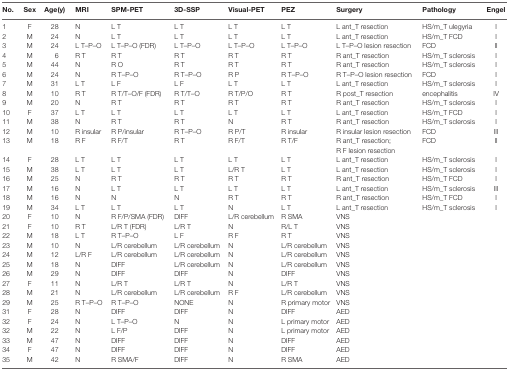
<table><thead><tr><td><b>No.</b></td><td><b>Sex</b></td><td><b>Age(y)</b></td><td><b>MRI</b></td><td><b>SPM-PET</b></td><td><b>3D-SSP</b></td><td><b>Visual-PET</b></td><td><b>PEZ</b></td><td><b>Surgery</b></td><td><b>Pathology</b></td><td><b>Engel</b></td></tr></thead><tbody><tr><td>1</td><td>F</td><td>28</td><td>N</td><td>L T</td><td>L T</td><td>L T</td><td>L T</td><td>L ant_T resection</td><td>HS/m_T ulegyria</td><td>I</td></tr><tr><td>2</td><td>M</td><td>24</td><td>N</td><td>L T</td><td>L T</td><td>L T</td><td>L T</td><td>L ant_T resection</td><td>HS/m_T FCD</td><td>I</td></tr><tr><td>3</td><td>M</td><td>24</td><td>L T–P–O</td><td>L T–P–O (FDR)</td><td>L T–P–O</td><td>L T–P–O</td><td>L T–P–O</td><td>L T–P–O lesion resection</td><td>FCD</td><td>II</td></tr><tr><td>4</td><td>M</td><td>6</td><td>R T</td><td>R T</td><td>R T</td><td>R T</td><td>R T</td><td>R ant_T resection</td><td>HS/m_T sclerosis</td><td>I</td></tr><tr><td>5</td><td>M</td><td>44</td><td>N</td><td>R O</td><td>R T</td><td>R T</td><td>R T</td><td>R ant_T resection</td><td>HS/m_T sclerosis</td><td>I</td></tr><tr><td>6</td><td>M</td><td>24</td><td>N</td><td>R T–P–O</td><td>R T–P–O</td><td>R P</td><td>R T–P–O</td><td>R T–P–O lesion resection</td><td>FCD</td><td>I</td></tr><tr><td>7</td><td>M</td><td>31</td><td>L T</td><td>L F</td><td>L F</td><td>L T</td><td>L T</td><td>L ant_T resection</td><td>HS/m_T sclerosis</td><td>I</td></tr><tr><td>8</td><td>M</td><td>10</td><td>R T</td><td>R T/T–O/F (FDR)</td><td>R T/T–O</td><td>R T/P/O</td><td>R T</td><td>R post_T resection</td><td>encephalitis</td><td>IV</td></tr><tr><td>9</td><td>M</td><td>20</td><td>N</td><td>R T</td><td>R T</td><td>R T</td><td>R T</td><td>R ant_T resection</td><td>HS/m_T sclerosis</td><td>I</td></tr><tr><td>10</td><td>F</td><td>37</td><td>L T</td><td>L T</td><td>L T</td><td>L T</td><td>L T</td><td>L ant_T resection</td><td>HS/m_T FCD</td><td>I</td></tr><tr><td>11</td><td>M</td><td>38</td><td>N</td><td>R T</td><td>R T</td><td>N</td><td>R T</td><td>R ant_T resection</td><td>HS/m_T sclerosis</td><td>I</td></tr><tr><td>12</td><td>M</td><td>10</td><td>R insular</td><td>R P/insular</td><td>R T–P–O</td><td>R P/T</td><td>R insular</td><td>R insular lesion resection</td><td>FCD</td><td>III</td></tr><tr><td>13</td><td>M</td><td>18</td><td>R F</td><td>R F/T</td><td>R T</td><td>R F/T</td><td>R T/F</td><td>R ant_T resection; R F lesion resection</td><td>FCD</td><td>II</td></tr><tr><td>14</td><td>F</td><td>28</td><td>L T</td><td>L T</td><td>L T</td><td>L T</td><td>L T</td><td>L ant_T resection</td><td>HS/m_T sclerosis</td><td>I</td></tr><tr><td>15</td><td>M</td><td>38</td><td>L T</td><td>L T</td><td>L T</td><td>L/R T</td><td>L T</td><td>L ant_T resection</td><td>HS/m_T sclerosis</td><td>I</td></tr><tr><td>16</td><td>M</td><td>25</td><td>N</td><td>R T</td><td>R T</td><td>R T</td><td>R T</td><td>R ant_T resection</td><td>HS/m_T FCD</td><td>I</td></tr><tr><td>17</td><td>M</td><td>16</td><td>N</td><td>L T</td><td>L T</td><td>L T</td><td>L T</td><td>L ant_T resection</td><td>HS/m_T sclerosis</td><td>III</td></tr><tr><td>18</td><td>M</td><td>16</td><td>N</td><td>N</td><td>N</td><td>R T</td><td>R T</td><td>R ant_T resection</td><td>HS/m_T FCD</td><td>I</td></tr><tr><td>19</td><td>M</td><td>34</td><td>L T</td><td>L T</td><td>L T</td><td>N</td><td>L T</td><td>L ant_T resection</td><td>HS/m_T sclerosis</td><td>I</td></tr><tr><td>20</td><td>F</td><td>10</td><td>N</td><td>R F/P/SMA (FDR)</td><td>DIFF</td><td>L/R cerebellum</td><td>R SMA</td><td>VNS</td><td></td><td></td></tr><tr><td>21</td><td>F</td><td>10</td><td>R T</td><td>L/R T (FDR)</td><td>L/R T</td><td>N</td><td>R/L T</td><td>VNS</td><td></td><td></td></tr><tr><td>22</td><td>M</td><td>18</td><td>L T</td><td>R T–P–O</td><td>L F</td><td>R F</td><td>R T</td><td>VNS</td><td></td><td></td></tr><tr><td>23</td><td>M</td><td>10</td><td>N</td><td>L/R cerebellum</td><td>L/R cerebellum</td><td>N</td><td>L/R cerebellum</td><td>VNS</td><td></td><td></td></tr><tr><td>24</td><td>M</td><td>12</td><td>L/R F</td><td>L/R cerebellum</td><td>L/R cerebellum</td><td>N</td><td>L/R cerebellum</td><td>VNS</td><td></td><td></td></tr><tr><td>25</td><td>M</td><td>18</td><td>N</td><td>DIFF</td><td>L/R cerebellum</td><td>N</td><td>L/R cerebellum</td><td>VNS</td><td></td><td></td></tr><tr><td>26</td><td>M</td><td>29</td><td>N</td><td>DIFF</td><td>DIFF</td><td>N</td><td>DIFF</td><td>VNS</td><td></td><td></td></tr><tr><td>27</td><td>F</td><td>11</td><td>N</td><td>L/R T</td><td>L/R T</td><td>N</td><td>L/R T</td><td>VNS</td><td></td><td></td></tr><tr><td>28</td><td>M</td><td>21</td><td>N</td><td>L/R cerebellum</td><td>L/R cerebellum</td><td>R F</td><td>L/R cerebellum</td><td>VNS</td><td></td><td></td></tr><tr><td>29</td><td>M</td><td>25</td><td>R T–P–O</td><td>R T–P–O</td><td>NONE</td><td>N</td><td>R primary motor</td><td>VNS</td><td></td><td></td></tr><tr><td>31</td><td>F</td><td>28</td><td>N</td><td>DIFF</td><td>DIFF</td><td>N</td><td>DIFF</td><td>AED</td><td></td><td></td></tr><tr><td>32</td><td>F</td><td>24</td><td>N</td><td>L T–P–O</td><td>N</td><td>N</td><td>L primary motor</td><td>AED</td><td></td><td></td></tr><tr><td>32</td><td>M</td><td>22</td><td>N</td><td>L F/P</td><td>DIFF</td><td>N</td><td>L primary motor</td><td>AED</td><td></td><td></td></tr><tr><td>33</td><td>M</td><td>47</td><td>N</td><td>DIFF</td><td>DIFF</td><td>N</td><td>DIFF</td><td>AED</td><td></td><td></td></tr><tr><td>34</td><td>F</td><td>47</td><td>N</td><td>DIFF</td><td>DIFF</td><td>N</td><td>DIFF</td><td>AED</td><td></td><td></td></tr><tr><td>35</td><td>M</td><td>42</td><td>N</td><td>R SMA/F</td><td>DIFF</td><td>N</td><td>R SMA</td><td>AED</td><td></td><td></td></tr></tbody></table>